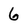
Character: 6